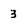
Character: 3